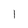
Character: 1